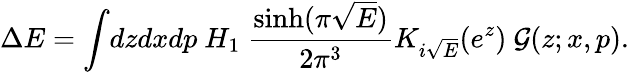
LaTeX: \Delta E=\int\! dzdxdp~H_{1}~\frac{\sinh(\pi\sqrt{E})}{2\pi^{3}}K_{i\sqrt{E}}(e^{z})~\mathcal{G}(z;x,p).